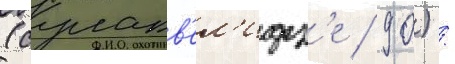
(сулакв'ел'идз'е / 90) /